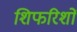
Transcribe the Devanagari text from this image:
शिफरिशों